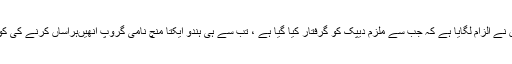
آصفہ کے متعلقین نے الزام لگایا ہے کہ جب سے ملزم دیپک کو گرفتار کیا گیا ہے ، تب سے ہی ہندو ایکتا منچ نامی گروپ اُنھیںہراساں کرنے کی کوشش کر رہا ہے۔